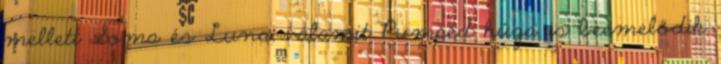
mellett Soma és Luna, valamit Pumped húga is beemelődik